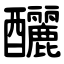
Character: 釃